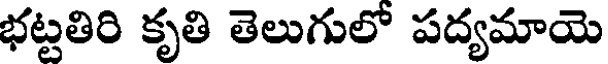
భట్టతిరి కృతి తెలుగులో పద్యమాయె